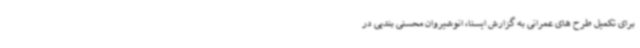
برای تکمیل طرح های عمرانی به گزارش ایسنا، انوشیروان محسنی بندپی در